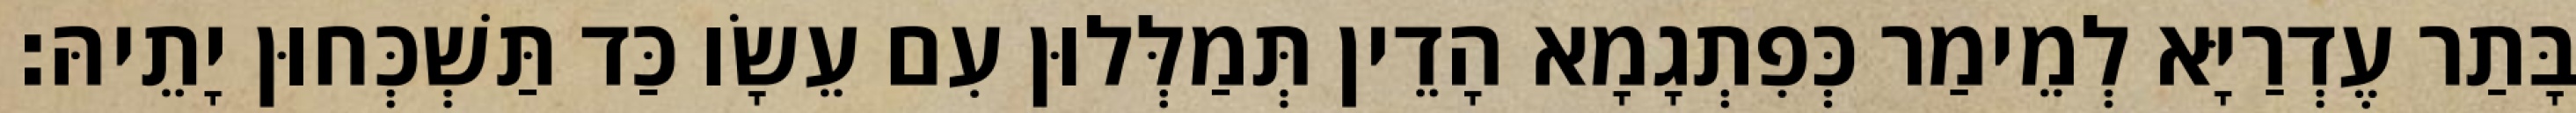
בָּתַר עֶדְרַיָּא לְמֵימַר כְּפִתְגָמָא הָדֵין תְּמַלְּלוּן עִם עֵשָׂו כַּד תַּשְׁכְּחוּן יָתֵיהּ׃